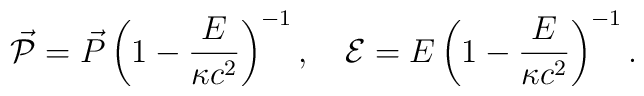
\vec{\cal{P}}  = \vec{P}\left(1 - \frac{E}{\kappa c^2}\right)^{-1} ,\quad {\cal{E}} = E\left(1 - \frac{E}{\kappa c^2}\right)^{-1} .